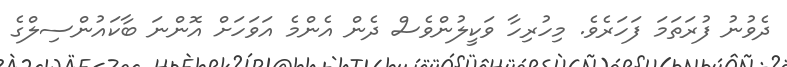
ދެވުނު ފުރަތަމަ ފަހަރެވެ. މިހުރިހާ ވަކީލުންވެސް ދެން އެންމެ އަވަހަށް އޮންނަ ބާކައުންސިލްގެ